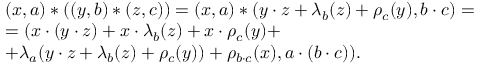
\begin{array} { l } { ( x , a ) * ( ( y , b ) * ( z , c ) ) = ( x , a ) * ( y \cdot z + \lambda _ { b } ( z ) + \rho _ { c } ( y ) , b \cdot c ) = } \\ { = ( x \cdot ( y \cdot z ) + x \cdot \lambda _ { b } ( z ) + x \cdot \rho _ { c } ( y ) + } \\ { + \lambda _ { a } ( y \cdot z + \lambda _ { b } ( z ) + \rho _ { c } ( y ) ) + \rho _ { b \cdot c } ( x ) , a \cdot ( b \cdot c ) ) . } \end{array}